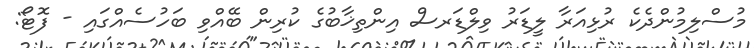
މުސްލިމުންދެކެ ރުޅިއަރާ ލީޑަރު ވިލްޑަރސް އިންތިޚާބުގެ ކުރިން ބޭއްވި ބަހުސެއްގައި - ފޮޓޯ: